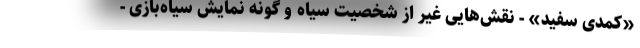
«کمدی سفید» - نقش‌هایی غیر از شخصیت سیاه و گونه نمایش سیاه‌بازی -